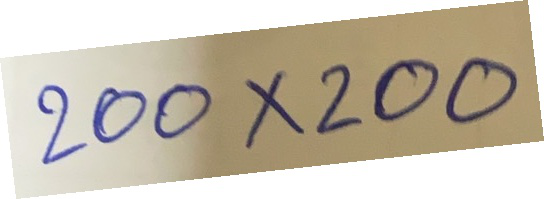
200x200